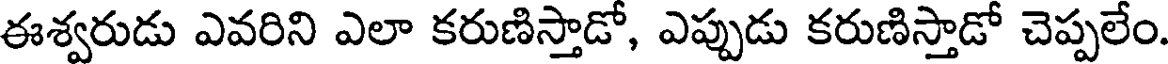
ఈశ్వరుడు ఎవరిని ఎలా కరుణిస్తాడో, ఎప్పుడు కరుణిస్తాడో చెప్పలేం